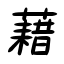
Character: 藉